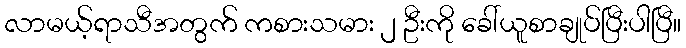
လာမယ့်ရာသီအတွက် ကစားသမား ၂ ဦးကို ခေါ်ယူစာချုပ်ပြီးပါပြီ။